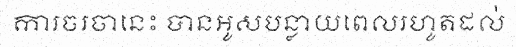
ការចរចានេះ បានអូសបន្លាយពេលរហូតដល់